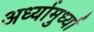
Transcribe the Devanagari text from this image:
अर्ध्यामुर्ध्या